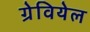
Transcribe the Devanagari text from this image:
ग्रेवियेल